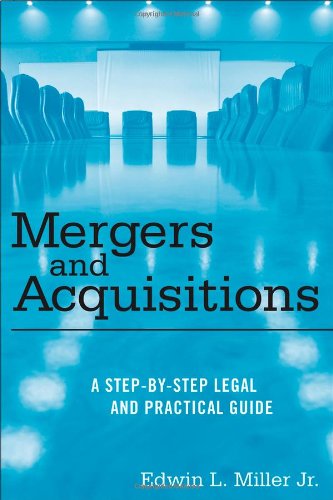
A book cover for Mergers and Acquisitions: A Step-by-Step Legal and Practical Guide; Edwin L. Miller Jr.; Business & Money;